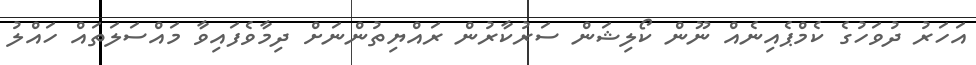
އަހަރު ދުވަހުގެ ކެމްޕެއިނެއް ނޫން ކޯލިޝަން ސަރުކާރުން ރައްޔިތުންނަށް ދިމާވެފައިވާ މައްސަލަތައް ހައްލު